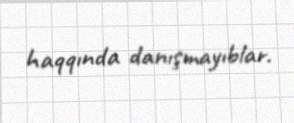
haqqında danışmayıblar.